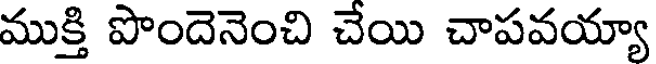
ముక్తి పొందెనెంచి చేయి చాపవయ్యా